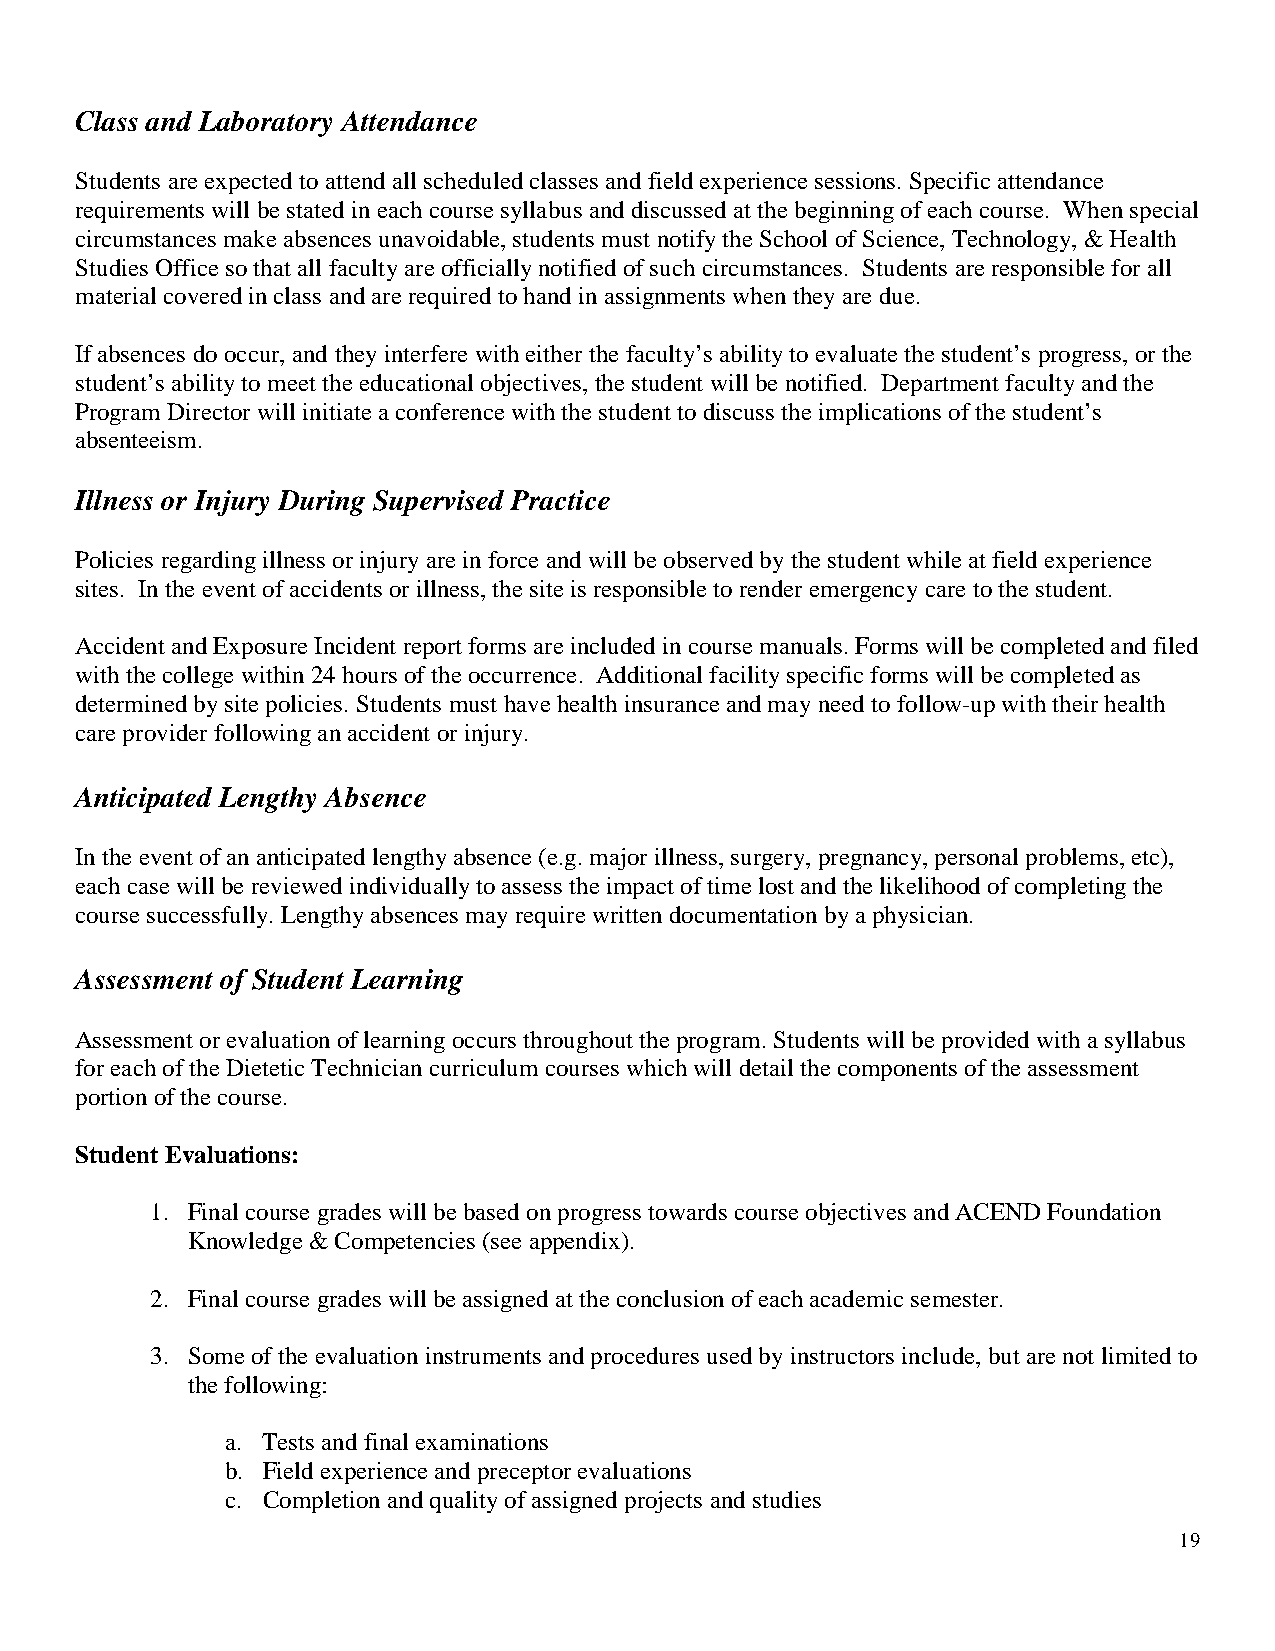
Class and Laboratory Attendance
 Students are expected to attend all scheduled classes and field experience sessions. Specific attendance
 requirements will be stated in each course syllabus and discussed at the beginning of each course. When special
 circumstances make absences unavoidable, students must notify the School of Science, Technology, & Health
 Studies Office so that all faculty are officially notified of such circumstances. Students are responsible for all
 material covered in class and are required to hand in assignments when they are due.
 If absences do occur, and they interfere with either the faculty’s ability to evaluate the student’s progress, or the
 student’s ability to meet the educational objectives, the student will be notified. Department faculty and the
 Program Director will initiate a conference with the student to discuss the implications of the student’s
 absenteeism.
 Illness or Injury During Supervised Practice
 Policies regarding illness or injury are in force and will be observed by the student while at field experience
 sites. In the event of accidents or illness, the site is responsible to render emergency care to the student.
 Accident and Exposure Incident report forms are included in course manuals. Forms will be completed and filed
 with the college within 24 hours of the occurrence. Additional facility specific forms will be completed as
 determined by site policies. Students must have health insurance and may need to follow-up with their health
 care provider following an accident or injury.
 Anticipated Lengthy Absence
 In the event of an anticipated lengthy absence (e.g. major illness, surgery, pregnancy, personal problems, etc),
 each case will be reviewed individually to assess the impact of time lost and the likelihood of completing the
 course successfully. Lengthy absences may require written documentation by a physician.
 Assessment of Student Learning
 Assessment or evaluation of learning occurs throughout the program. Students will be provided with a syllabus
 for each of the Dietetic Technician curriculum courses which will detail the components of the assessment
 portion of the course.
 Student Evaluations:
 1. Final course grades will be based on progress towards course objectives and ACEND Foundation
 Knowledge & Competencies (see appendix).
 2. Final course grades will be assigned at the conclusion of each academic semester.
 3. Some of the evaluation instruments and procedures used by instructors include, but are not limited to
 the following:
 a. Tests and final examinations
 b. Field experience and preceptor evaluations
 c. Completion and quality of assigned projects and studies
 19